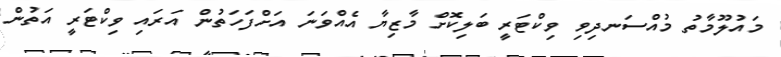
މައުލޫމާތު މުއްސަނދިވި ވިކްޓަރީ ބަލިކޮށް މާޒިޔާ އެއްވަނަ އަށްފަހަތުން އަރައި ވިކްޓަރީ އަތުން